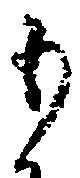
も